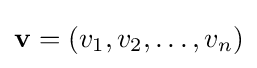
\mathbf {v} =(v_{1},v_{2},\ldots ,v_{n})